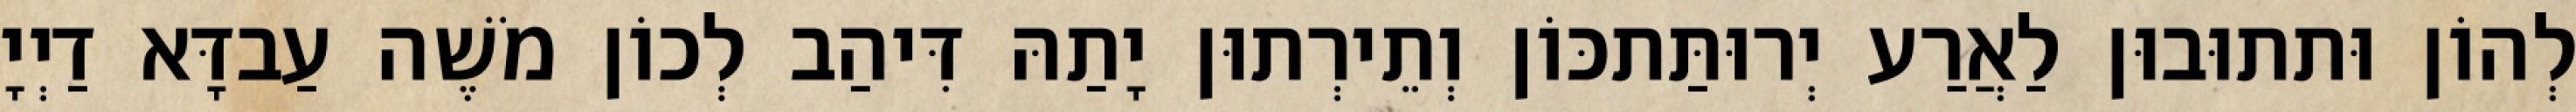
לְהוֹן וּתתוּבוּן לַאֲרַע יְרוּתַּתכּוֹן וְתֵירְתוּן יָתַהּ דִּיהַב לְכוֹן מֹשֶׁה עַבדָּא דַיְיָ